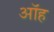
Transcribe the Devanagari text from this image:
ऑह